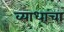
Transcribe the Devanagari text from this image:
व्याधाचा